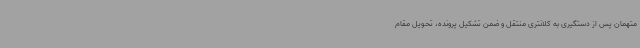
متهمان پس از دستگیری به کلانتری منتقل و ضمن تشکیل پرونده، تحویل مقام